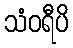
သံဝရီပိ